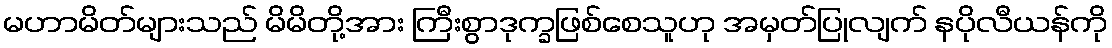
မဟာမိတ်များသည် မိမိတို့အား ကြီးစွာဒုက္ခဖြစ်စေသူဟု အမှတ်ပြုလျက် နပိုလီယန်ကို